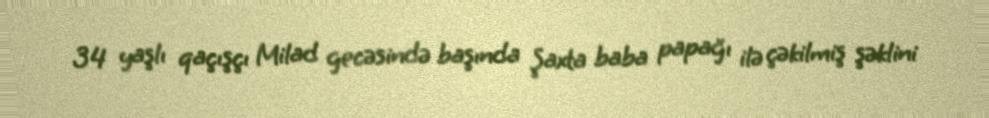
34 yaşlı qaçışçı Milad gecəsində başında Şaxta baba papağı ilə çəkilmiş şəklini